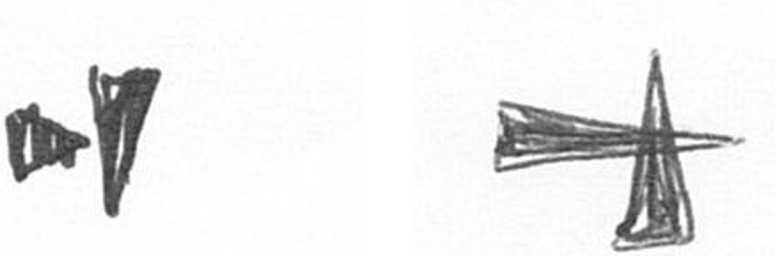
M G